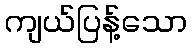
ကျယ်ပြန့်သော